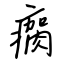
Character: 瘸